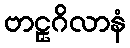
ဗာဠှဂိလာနံ